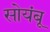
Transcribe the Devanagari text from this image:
सोयंबू